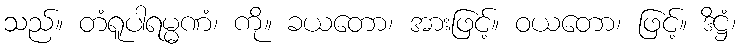
သည်။ တံရူပါရမ္မဏံ၊ ကို။ ခယတော၊ အားဖြင့်။ ဝယတော၊ ဖြင့်။ ဒိဋ္ဌံ၊